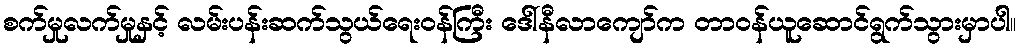
စက်မှုလက်မှုနှင့် လမ်းပန်းဆက်သွယ်ရေးဝန်ကြီး ဒေါ်နီလာကျော်က တာဝန်ယူဆောင်ရွက်သွားမှာပါ။